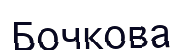
Бочкова